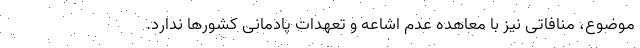
موضوع، منافاتی نیز با معاهده عدم اشاعه و تعهدات پادمانی کشورها ندارد.